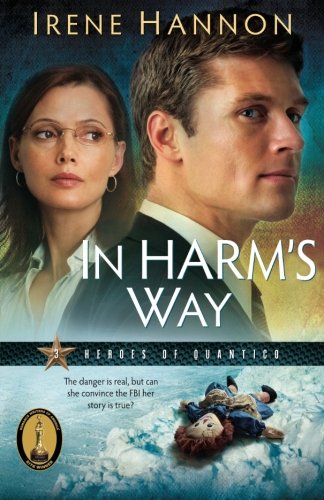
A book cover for In Harm's Way (Heroes of Quantico Series, Book 3) (Volume 3); Irene Hannon; Romance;